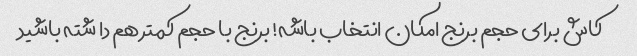
کاش برای حجم برنج امکان انتخاب باشه! برنج‌ با حجم کمتر هم دا شته باشید